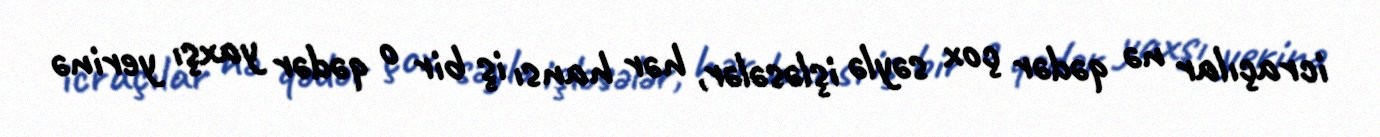
icraçılar nə qədər çox səylə işləsələr, hər hansı iş bir o qədər yaxşı yerinə